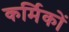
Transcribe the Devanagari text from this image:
कर्मिकाें